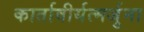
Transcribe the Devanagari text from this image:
कार्तावीर्यत्मर्जुना